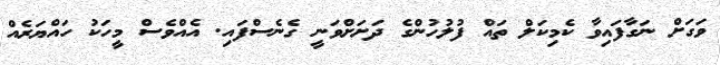
ވަގަށް ނަގާފައިވާ ކެމިކަލް ތައް ފުލުހުންގެ ދަށަށްވަނީ ގެނެސްފައި. އެއްވެސް މީހަކު ހައްޔަރެއް